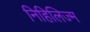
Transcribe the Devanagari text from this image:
निहिलिज्म